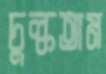
চুল্‌কতাম